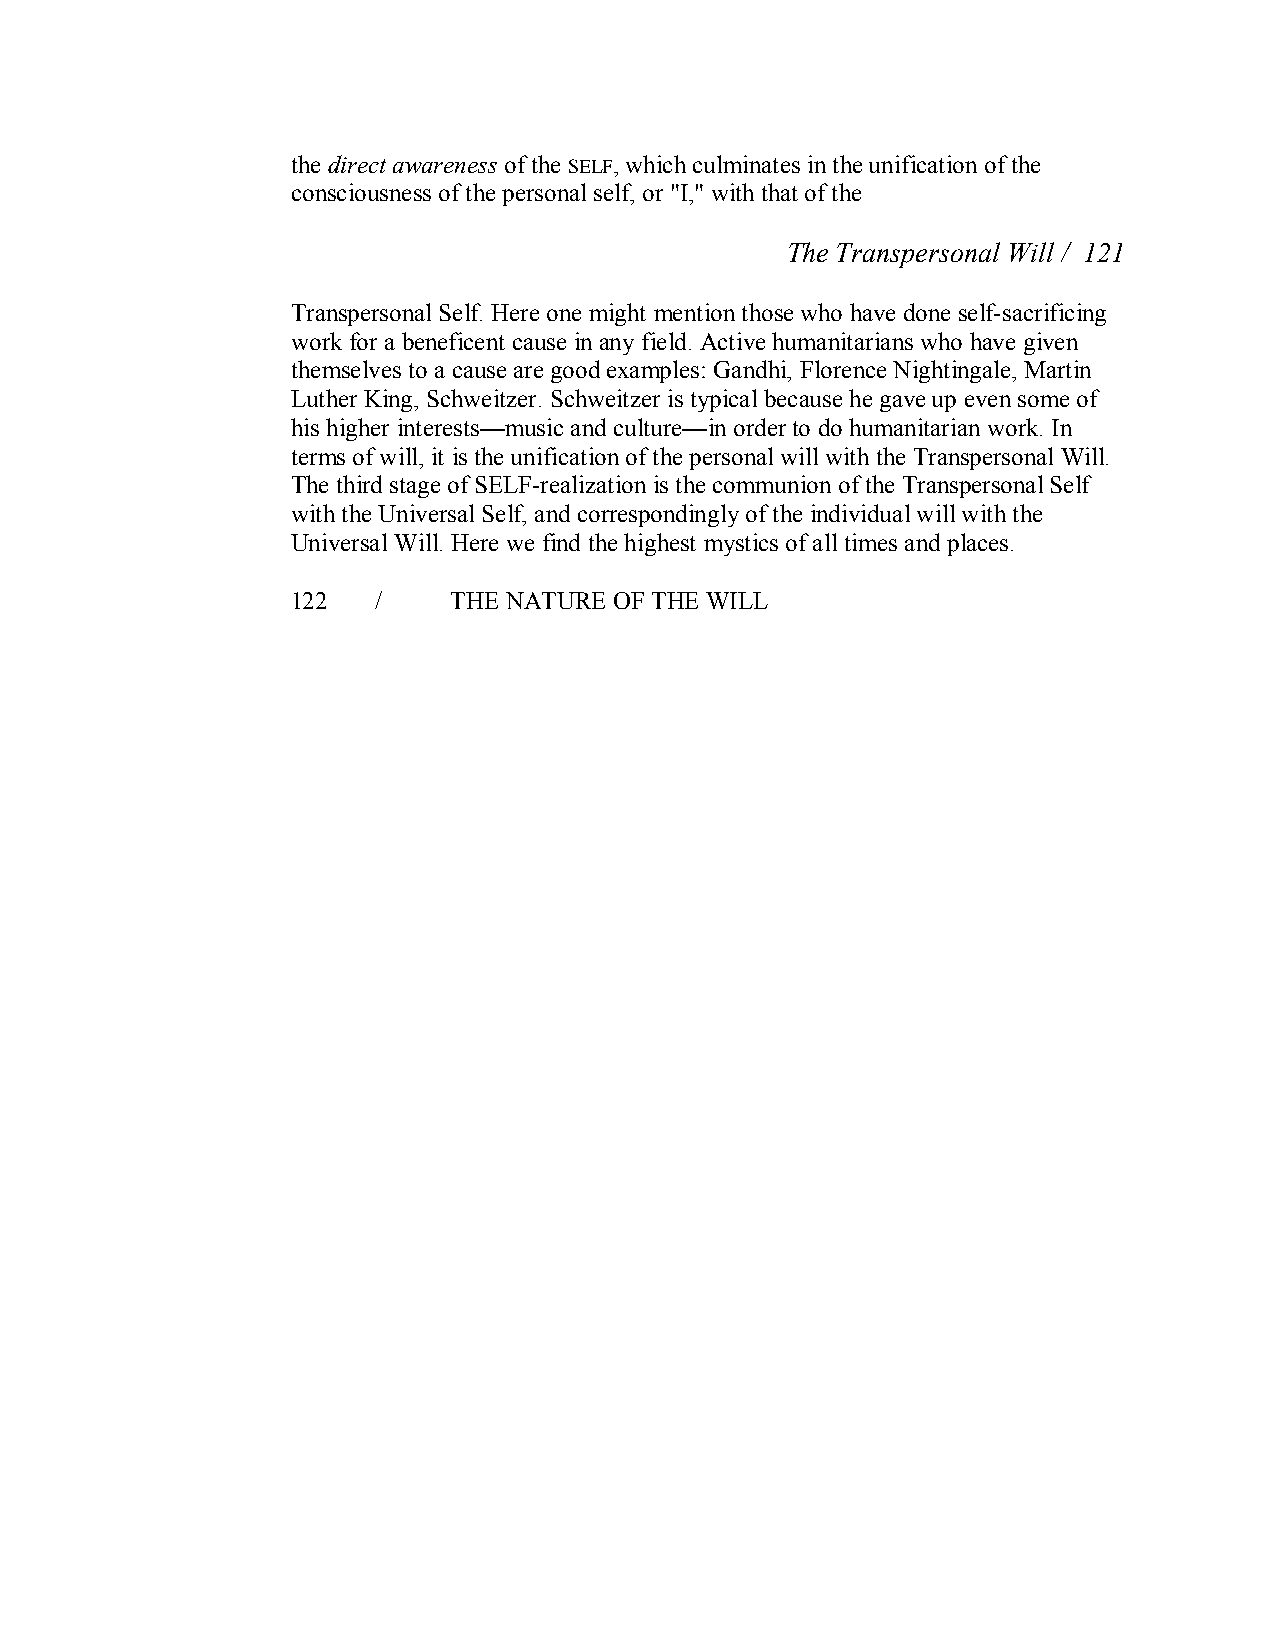
the direct awareness of the SELF,which culminates in the unification of the
 consciousness of the personal self, or "I," with that of the
 The Transpersonal Will / 121
 Transpersonal Self. Here one might mention those who have done self­sacrificing
 work for a beneficent cause in any field. Active humanitarians who have given
 themselves to a cause are good examples: Gandhi, Florence Nightingale, Martin
 Luther King, Schweitzer. Schweitzer is typical because he gave up even some of
 his higher interests—music and culture—in order to do humanitarian work. In
 terms of will, it is the unification of the personal will with the Transpersonal Will.
 The third stage of SELF­realization is the communion of the Transpersonal Self
 with the Universal Self, and correspondingly of the individual will with the
 Universal Will. Here we find the highest mystics of all times and places.
 122   /    THE NATURE OF THE WILL